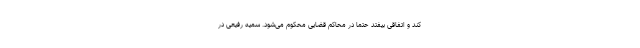
کند و اتفاقی بیفتد حتما در محاکم قضایی محکوم می‌شود. سمیه رفیعی در